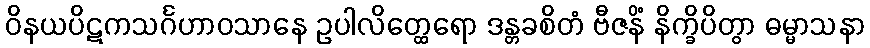
ဝိနယပိဋကသင်္ဂဟာဝသာနေ ဥပါလိတ္ထေရော ဒန္တခစိတံ ဗီဇနိံ နိက္ခိပိတွာ ဓမ္မာသနာ